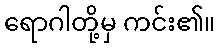
ရောဂါတို့မှ ကင်း၏။